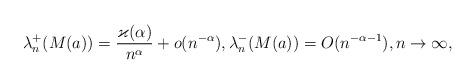
LaTeX: \begin{align*}\lambda_n^+(M(a))=\frac{\varkappa(\alpha)}{n^\alpha}+o(n^{-\alpha}),\lambda_n^-(M(a))=O(n^{-\alpha-1}),n\to\infty,\end{align*}